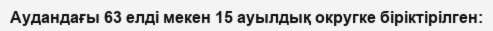
Аудандағы 63 елді мекен 15 ауылдық округке біріктірілген: